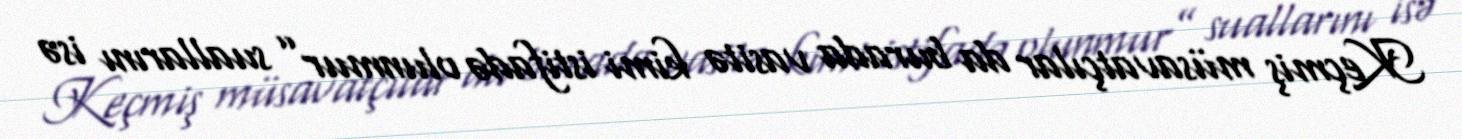
Keçmiş müsavatçılar da burada vasitə kimi istifadə olunmur” suallarını isə